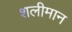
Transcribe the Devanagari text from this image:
शलीमान